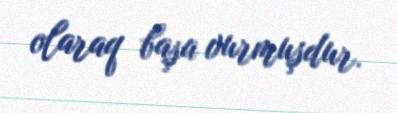
olaraq başa vurmuşdur.